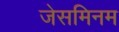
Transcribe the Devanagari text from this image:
जेसमिनम